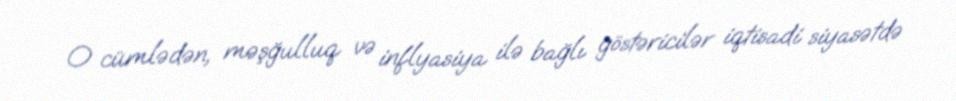
O cümlədən, məşğulluq və inflyasiya ilə bağlı göstəricilər iqtisadi siyasətdə